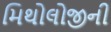
મિથોલોજીની